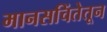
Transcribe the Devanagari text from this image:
मानसचिंतेतून